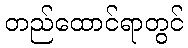
တည်ထောင်ရာတွင်